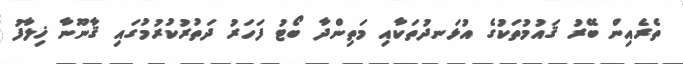
ތެރެއިން ބޭރު ޤައުމުތަކުގެ އުޅަނދުތަކާއި މަތިންދާ ބޯޓު ފަހަރު ދަތުރުކުރުމުގައި ޤާނޫނާ ޚިލާފު